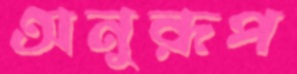
অনুরূপ